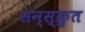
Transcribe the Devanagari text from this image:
सन्स्क्रुत